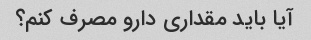
آیا باید مقداری دارو مصرف کنم؟